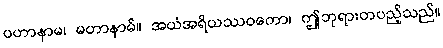
ပဟာနာမ၊ မဟာနာမ်။ အယံအရိယဿဝကော၊ ဤဘုရားတပည့်သည်။